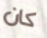
كان